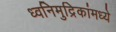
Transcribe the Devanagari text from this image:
ध्वनिमुद्रिकांमध्ये